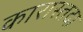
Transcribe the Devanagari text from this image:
कारास्तदा